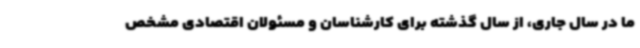
ما در سال جاری، از سال گذشته برای کارشناسان و مسئولان اقتصادی مشخص